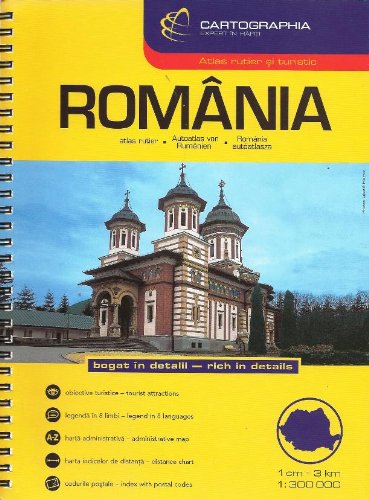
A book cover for Romania Road Atlas (Country Atlas); Cartographia; Travel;